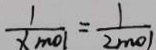
\frac { 1 } { x _ { m o l } } = \frac { 1 } { 2 m o l }